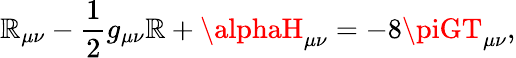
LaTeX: \mathbb{R}_{\mu\nu}-\frac{{1}}{{2}}g_{\mu\nu}\mathbb{R}+\alphaH_{\mu\nu}=-8\piGT_{\mu\nu},